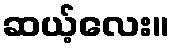
ဆယ့်လေး။